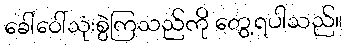
ခေါ်ဝေါ်သုံးစွဲကြသည်ကို တွေ့ရပါသည်။